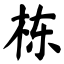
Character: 栋